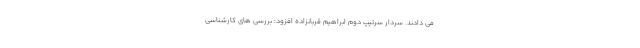
می دادند. سردار سرتیپ دوم ابراهیم قربانزاده افزود: بررسی های کارشناسی